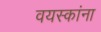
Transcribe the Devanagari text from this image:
वयस्कांना